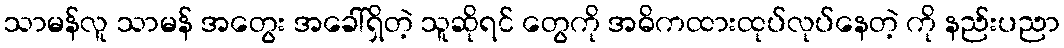
သာမန်လူ သာမန် အတွေး အခေါ်ရှိတဲ့ သူဆိုရင် တွေကို အဓိကထားထုပ်လုပ်နေတဲ့ ကို နည်းပညာ